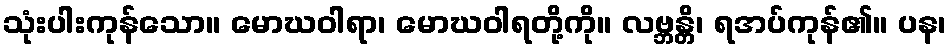
သုံးပါးကုန်သော။ မောဃဝါရာ၊ မောဃဝါရတို့ကို။ လဗ္ဘန္တိ၊ ရအပ်ကုန်၏။ ပန၊